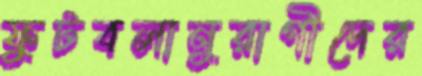
ফুটবলানুরাগীদের